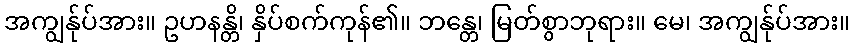
အကျွန်ုပ်အား။ ဥဟနန္တိ၊ နှိပ်စက်ကုန်၏။ ဘန္တေ၊ မြတ်စွာဘုရား။ မေ၊ အကျွန်ုပ်အား။